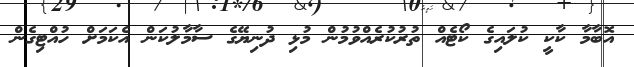
އޮބާމާ ކާކީ ކުލައިގެ ކޯޓެއް ތުރުކުރެއްވުމުން މުޅި ދުނިޔޭގެ ސާމާލުކަން އެކަމަށް ހުއްޓިގެން